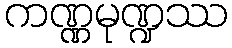
ကဏ္ဏမုဏ္ဍဿ